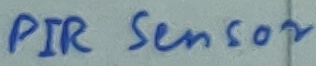
Text: PIR Sensor